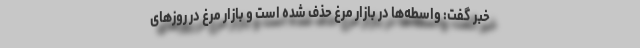
خبر گفت: واسطه‌ها در بازار مرغ حذف شده است و بازار مرغ در روز‌های